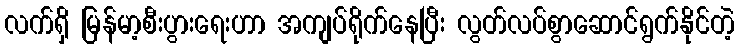
လက်ရှိ မြန်မာ့စီးပွားရေးဟာ အကျပ်ရိုက်နေပြီး လွတ်လပ်စွာဆောင်ရွက်နိုင်တဲ့